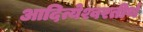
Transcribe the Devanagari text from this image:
आदित्येश्वरतीर्थ